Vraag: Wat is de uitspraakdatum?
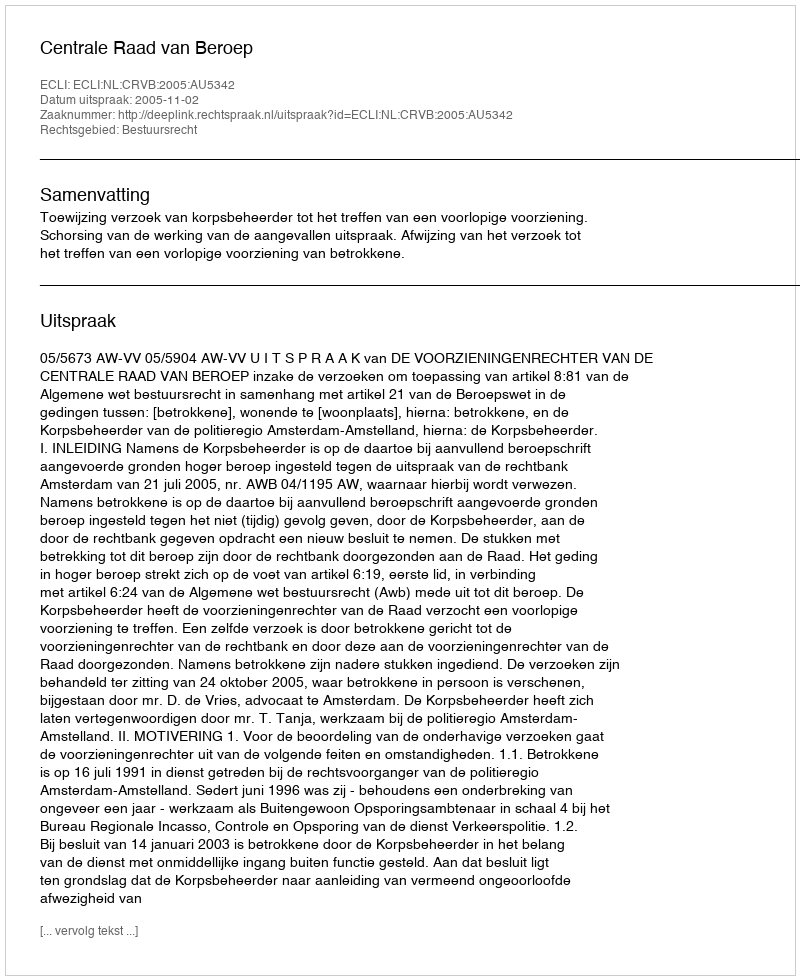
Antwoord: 2005-11-02